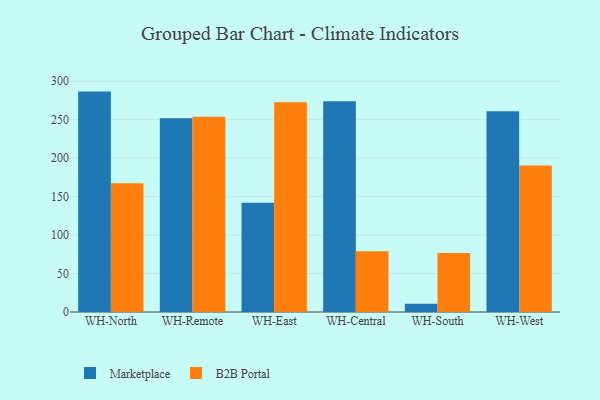
{"axis": {"x": "Warehouse", "y": "LTV (USD)"}, "legend": ["B2B Portal", "Marketplace"], "data": [{"x": "WH-North", "y": 286.5, "type": "Marketplace"}, {"x": "WH-North", "y": 167.4, "type": "B2B Portal"}, {"x": "WH-Remote", "y": 251.7, "type": "Marketplace"}, {"x": "WH-Remote", "y": 253.7, "type": "B2B Portal"}, {"x": "WH-East", "y": 142.0, "type": "Marketplace"}, {"x": "WH-East", "y": 272.8, "type": "B2B Portal"}, {"x": "WH-Central", "y": 273.8, "type": "Marketplace"}, {"x": "WH-Central", "y": 79.0, "type": "B2B Portal"}, {"x": "WH-South", "y": 10.7, "type": "Marketplace"}, {"x": "WH-South", "y": 76.8, "type": "B2B Portal"}, {"x": "WH-West", "y": 260.9, "type": "Marketplace"}, {"x": "WH-West", "y": 190.5, "type": "B2B Portal"}]}